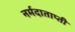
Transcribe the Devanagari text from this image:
नर्मदाताप्ती